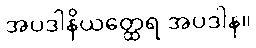
အပဒါနိယတ္ထေရ အပဒါန။